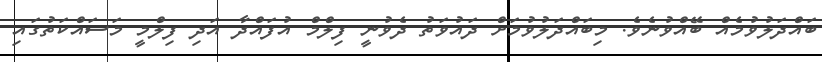
ބައްދަލުވުމެއް ބޭއްވުނެވެ. މިބައްދަލުވުމަށް ދައުވަތު ދެވުނީ ފިލްމް އުފައްދާ އަދި ފިލްމީ މަސައްކަތުގައި